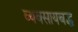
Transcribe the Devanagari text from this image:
व्यवसायबद्ध